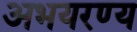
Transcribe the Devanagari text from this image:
अभयरण्य